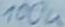
Text: 100u